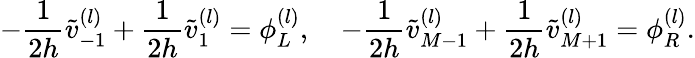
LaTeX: -\frac{1}{2h}\widetilde v_{-1}^{(l)}+\frac{1}{2h}\widetilde v_{1}^{(l)}=\phi_{L}^{(l)},\quad-\frac{1}{2h}\widetilde v_{M-1}^{(l)}+\frac{1}{2h}\widetilde v_{M+1}^{(l)}=\phi_{R}^{(l)}.